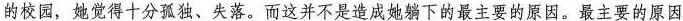
的校园，她觉得十分孤独、失落。而这并不是造成她躺下的最主要的原因。最主要的原因